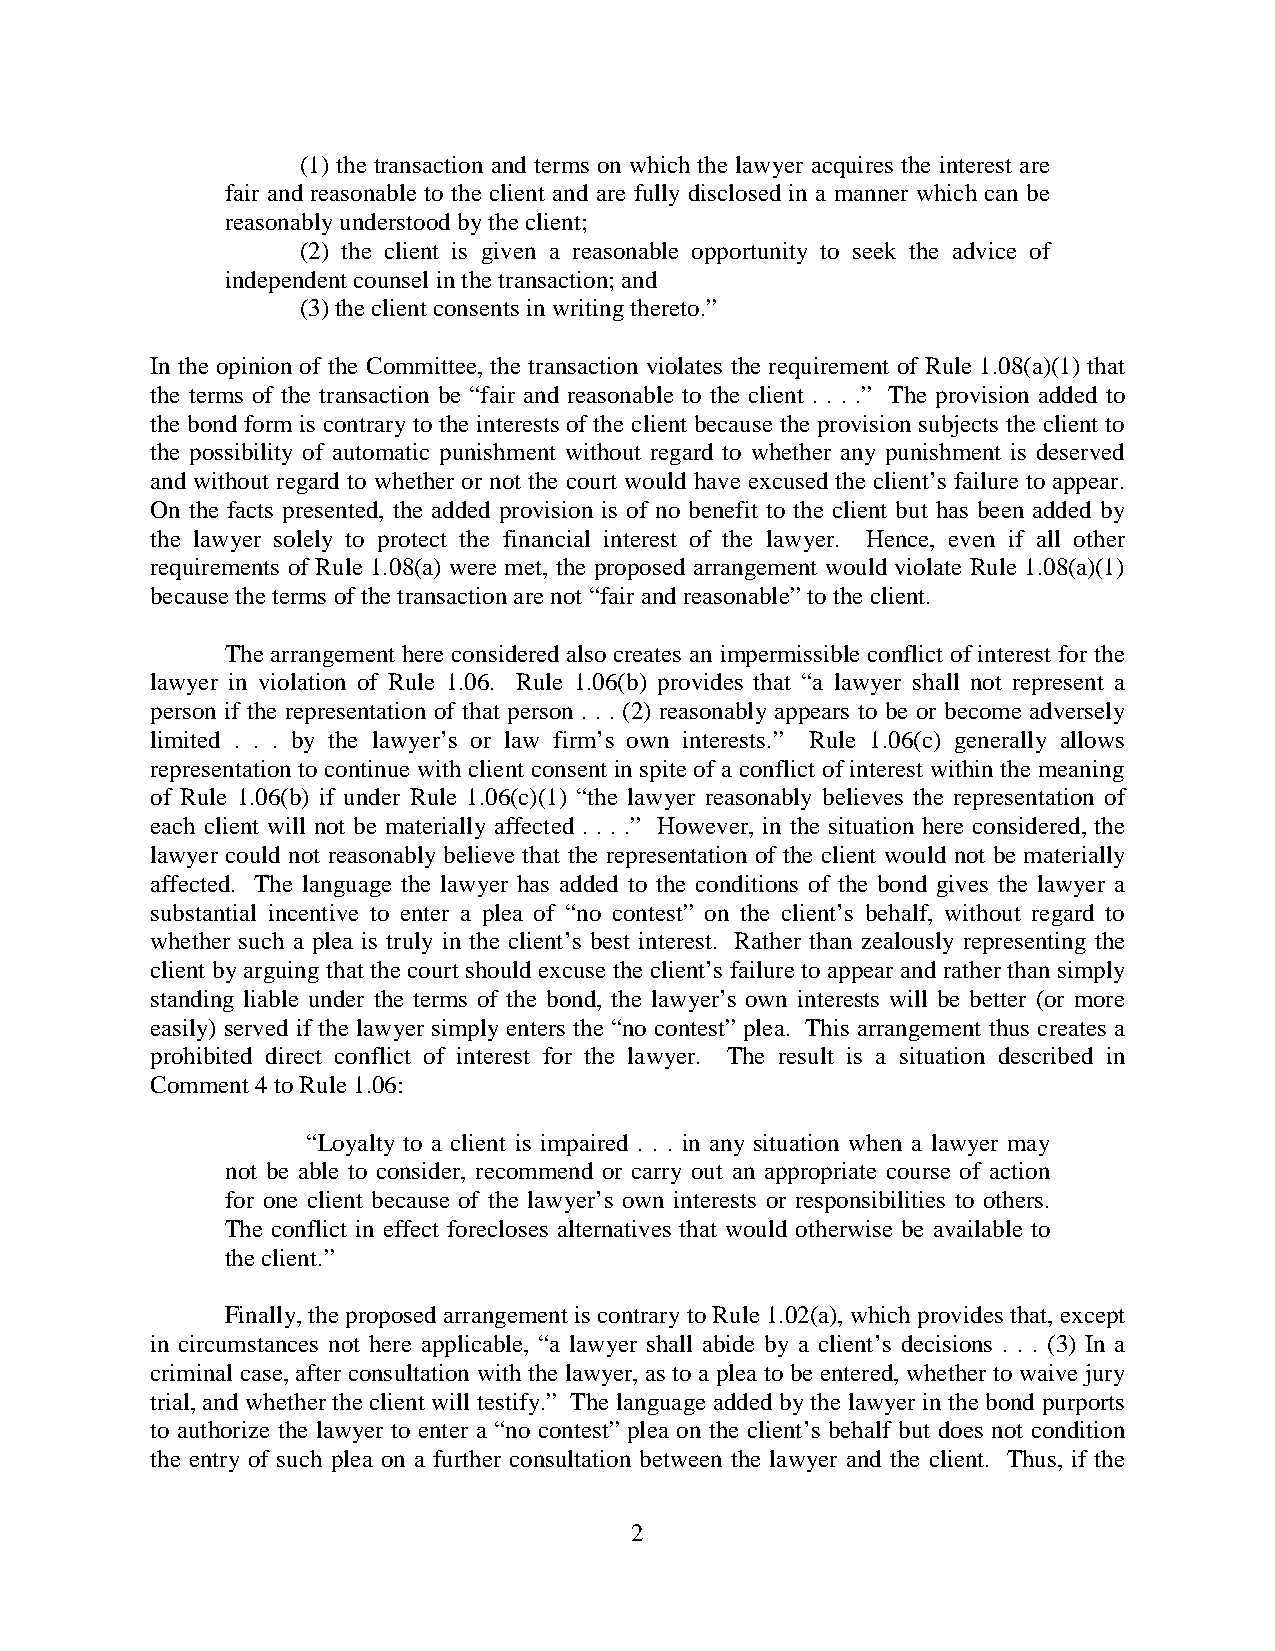
(1) the transaction and terms on which the lawyer acquires the interest are
 fair and reasonable to the client and are fully disclosed in a manner which can be
 reasonably understood by the client;
 (2) the client is given a reasonable opportunity to seek the advice of
 independent counsel in the transaction; and
 (3) the client consents in writing thereto.”
 In the opinion of the Committee, the transaction violates the requirement of Rule 1.08(a)(1) that
 the terms of the transaction be “fair and reasonable to the client . . . .” The provision added to
 the bond form is contrary to the interests of the client because the provision subjects the client to
 the possibility of automatic punishment without regard to whether any punishment is deserved
 and without regard to whether or not the court would have excused the client’s failure to appear.
 On the facts presented, the added provision is of no benefit to the client but has been added by
 the lawyer solely to protect the financial interest of the lawyer. Hence, even if all other
 requirements of Rule 1.08(a) were met, the proposed arrangement would violate Rule 1.08(a)(1)
 because the terms of the transaction are not “fair and reasonable” to the client.
 The arrangement here considered also creates an impermissible conflict of interest for the
 lawyer in violation of Rule 1.06. Rule 1.06(b) provides that “a lawyer shall not represent a
 person if the representation of that person . . . (2) reasonably appears to be or become adversely
 limited . . . by the lawyer’s or law firm’s own interests.” Rule 1.06(c) generally allows
 representation to continue with client consent in spite of a conflict of interest within the meaning
 of Rule 1.06(b) if under Rule 1.06(c)(1) “the lawyer reasonably believes the representation of
 each client will not be materially affected . . . .” However, in the situation here considered, the
 lawyer could not reasonably believe that the representation of the client would not be materially
 affected. The language the lawyer has added to the conditions of the bond gives the lawyer a
 substantial incentive to enter a plea of “no contest” on the client’s behalf, without regard to
 whether such a plea is truly in the client’s best interest. Rather than zealously representing the
 client by arguing that the court should excuse the client’s failure to appear and rather than simply
 standing liable under the terms of the bond, the lawyer’s own interests will be better (or more
 easily) served if the lawyer simply enters the “no contest” plea. This arrangement thus creates a
 prohibited direct conflict of interest for the lawyer. The result is a situation described in
 Comment 4 to Rule 1.06:
 “Loyalty to a client is impaired . . . in any situation when a lawyer may
 not be able to consider, recommend or carry out an appropriate course of action
 for one client because of the lawyer’s own interests or responsibilities to others.
 The conflict in effect forecloses alternatives that would otherwise be available to
 the client.”
 Finally, the proposed arrangement is contrary to Rule 1.02(a), which provides that, except
 in circumstances not here applicable, “a lawyer shall abide by a client’s decisions . . . (3) In a
 criminal case, after consultation with the lawyer, as to a plea to be entered, whether to waive jury
 trial, and whether the client will testify.” The language added by the lawyer in the bond purports
 to authorize the lawyer to enter a “no contest” plea on the client’s behalf but does not condition
 the entry of such plea on a further consultation between the lawyer and the client. Thus, if the
 2